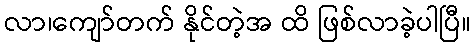
လာ၊ကျော်တက် နိုင်တဲ့အ ထိ ဖြစ်လာခဲ့ပါပြီ။